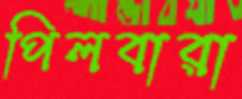
পিলবারা